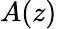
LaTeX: A(z)